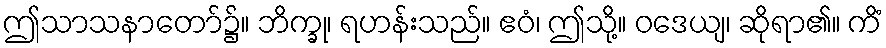
ဤသာသနာတော်၌။ ဘိက္ခု၊ ရဟန်းသည်။ ဧဝံ၊ ဤသို့။ ဝဒေယျ၊ ဆိုရာ၏။ ကိံ